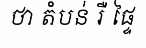
ថា តំបន់ រឺ ផ្ទៃ